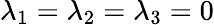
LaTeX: \lambda_{1}=\lambda_{2}=\lambda_{3}=0